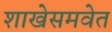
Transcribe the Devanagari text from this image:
शाखेसमवेत